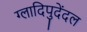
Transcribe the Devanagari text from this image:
ग्लादिपुदेंदल